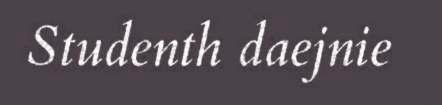
Studenth daejnie